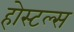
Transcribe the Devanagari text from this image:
होस्टल्स